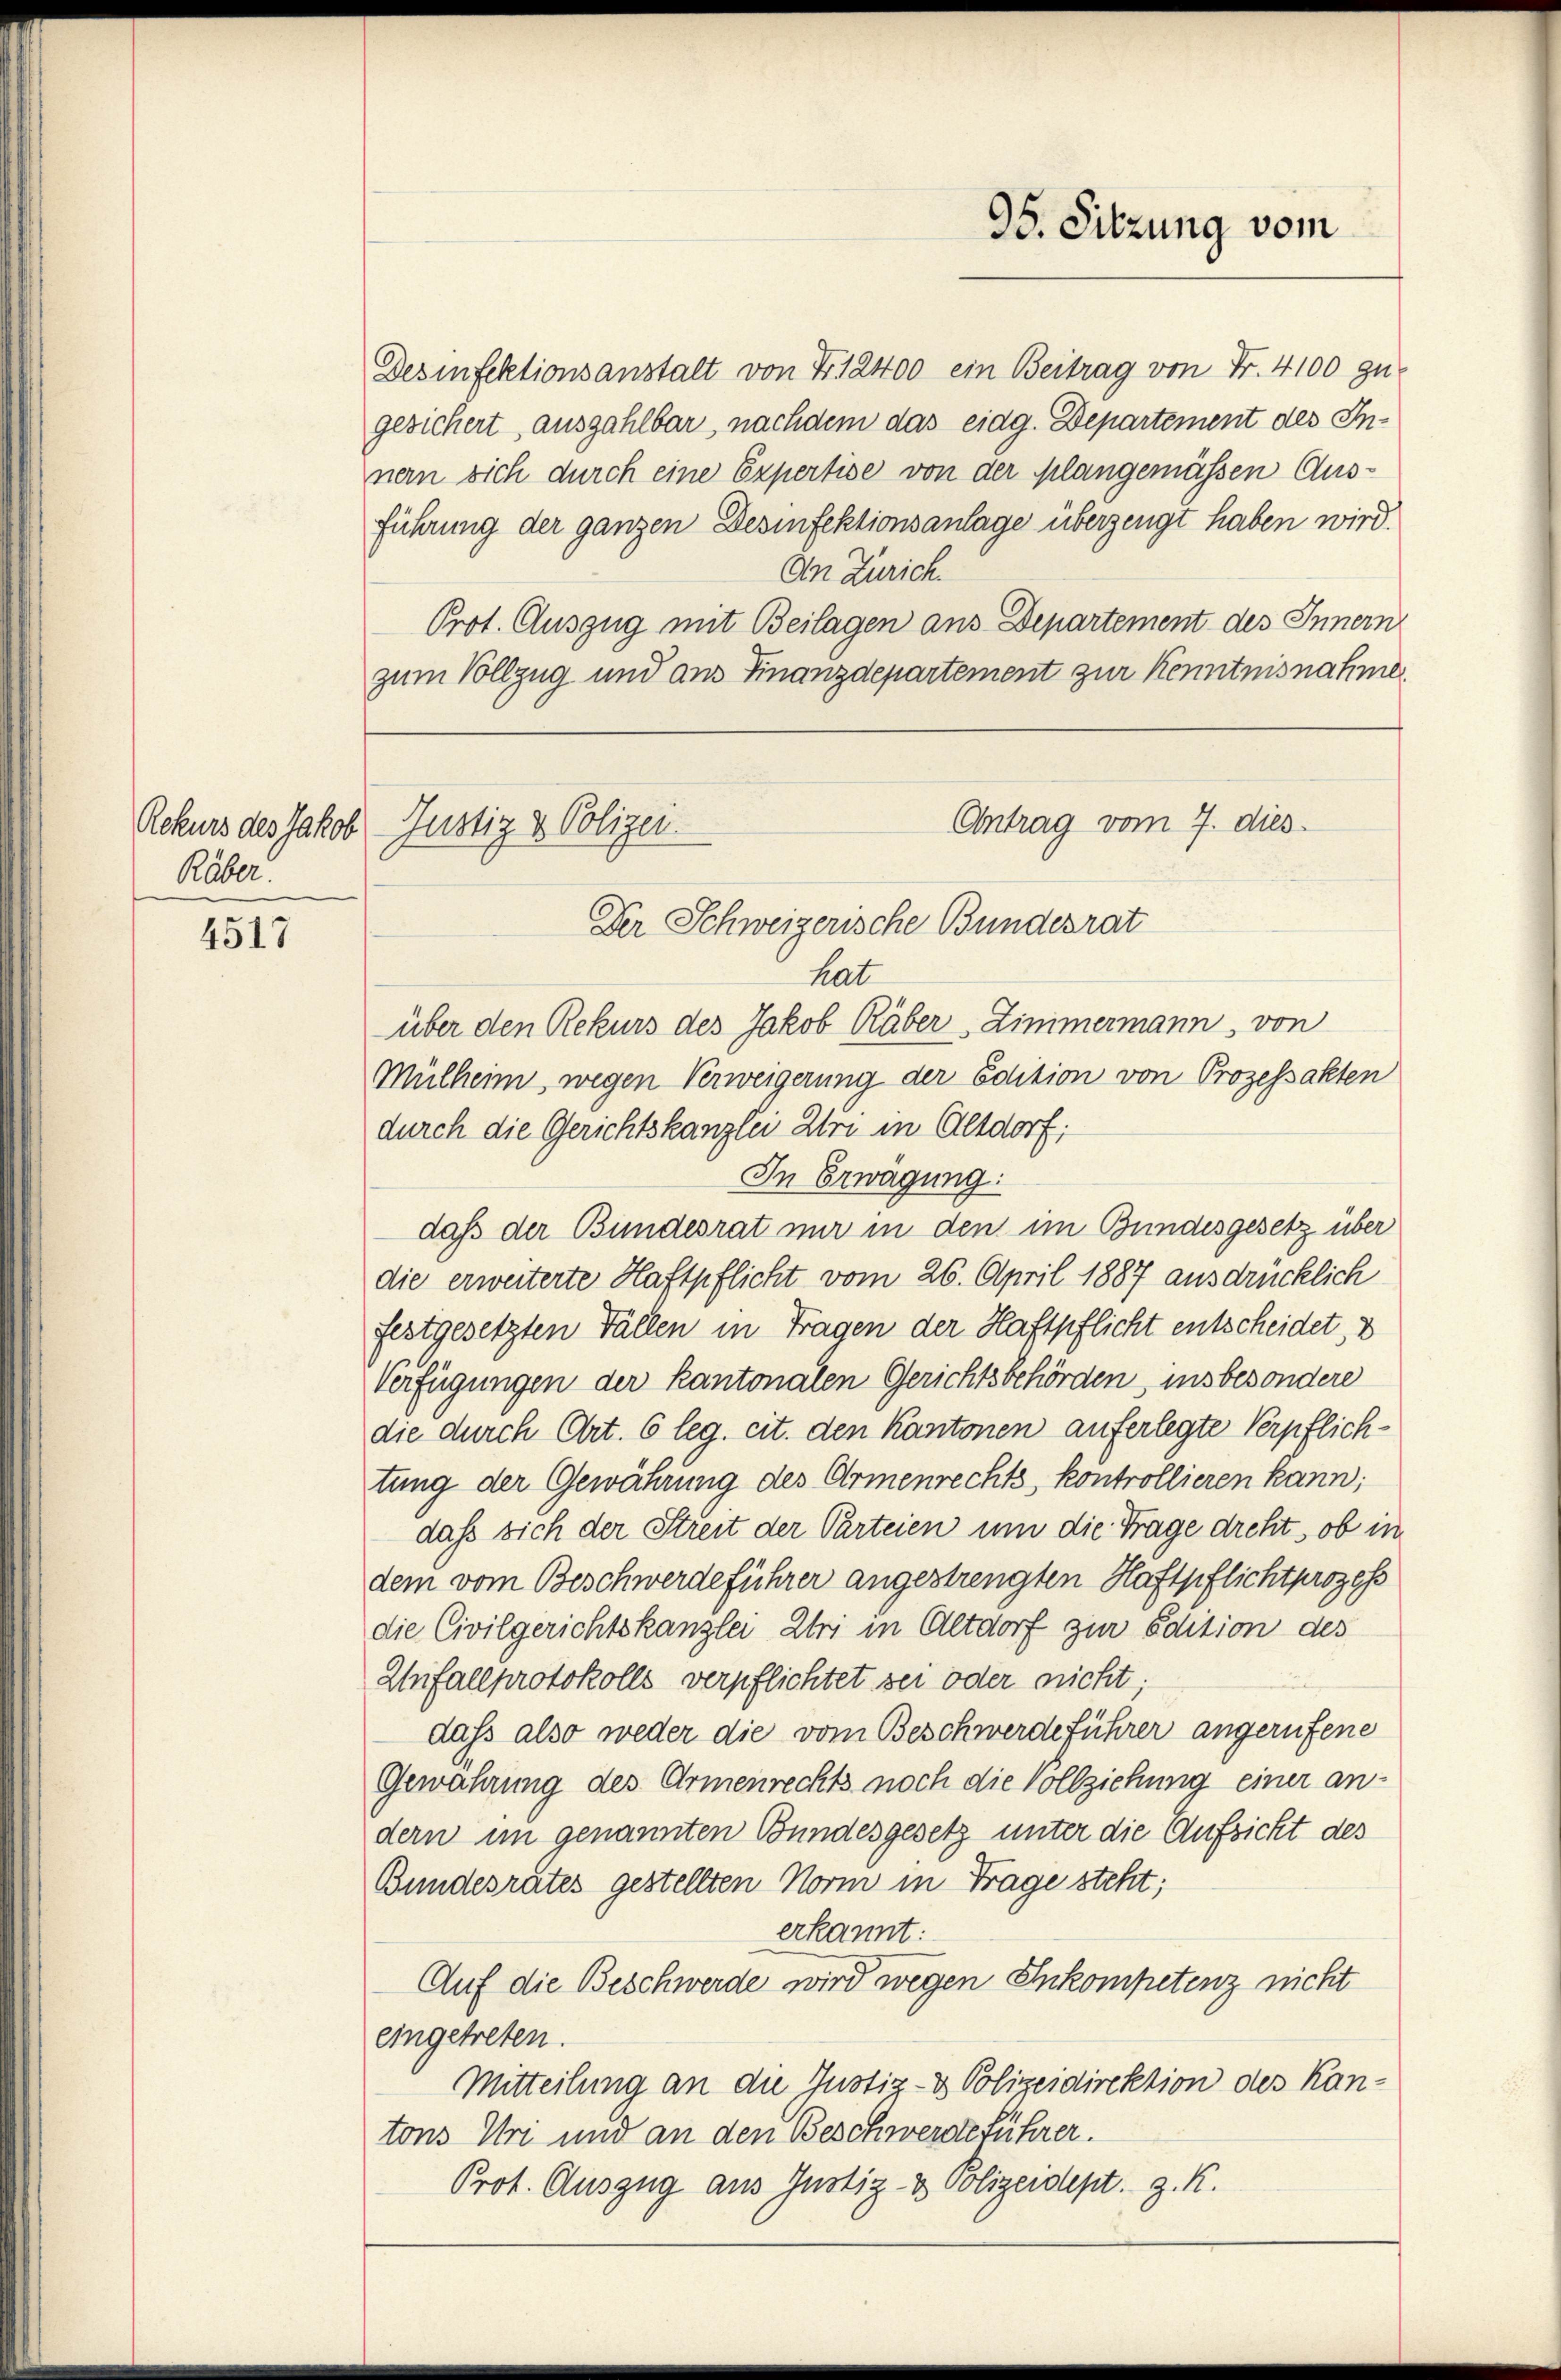
Rekurs des Jakob
Räber.

4517

Desinfektionsanstalt von Fr. 12400 ein Beitrag von Fr. 4100 zu
gesichert, auszahlbar, nachdem das eidg. Departement des Innern sich durch eine Expertise von der Klangemüssen Ausführung der ganzen Desinfektionsanlage überzeugt haben wird.
An Zürich.
Prot. Auszug mit Beilagen aus Departement des Innern
zum Vollzug und aus Finanzdepartement zur Kenntnisnahme

95. Sitzung vom

Antrag vom 7. dies
Justiz & Polizei.
Der Schweizerische Bundesrat

hat
über den Rekurs des Jakob Räber, Zimmermann, von
Mülheim, wegen Verweigerung der Edition von Prozessakten
durch die Gerichtskanzlei Uri in Altdorf;
In Erwägung:
daß der Bundesrat nur in den im Bundesgesetz über
die erweiterte Haftpflicht vom 26. April 1887 ausdrücklich
festgesetzten Fällen in Fragen der Haftpflicht entscheidet, u
Verfügungen der kantonalen Gerichtsbehörden, insbesondere
die durch Art. 6 leg. cit. den Kantonen auferlegte Verpflichtung der Gewährung des Armenrechts, kontrollieren kann;
dass sich der Streit der Parteien um die Trage dreht, ob in
dem vom Beschwerdeführer angestrengten Haftpflichtprozess
die Civilgerichtskanzlei Uri in Altdorf zur Edition des
Unfallprotokolls verpflichtet sei oder nicht;
dass also weder die vom Beschwerdeführer angerufene
Gewährung des Armenrechts noch die Vollziehung einer andern im genannten Bundesgesetz unter die Aufsicht des
Bundesrates gestellten Norm in Frage steht;
erkannt:
Auf die Beschwerde wird wegen Inkompetenz nicht
eingetreten.
Mitteilung an die Justiz- & Polizeidirektion des Kantons Uri und an den Beschwerdeführer.
Prot. Auszug aus Justiz- & Polizeidept. z. K.